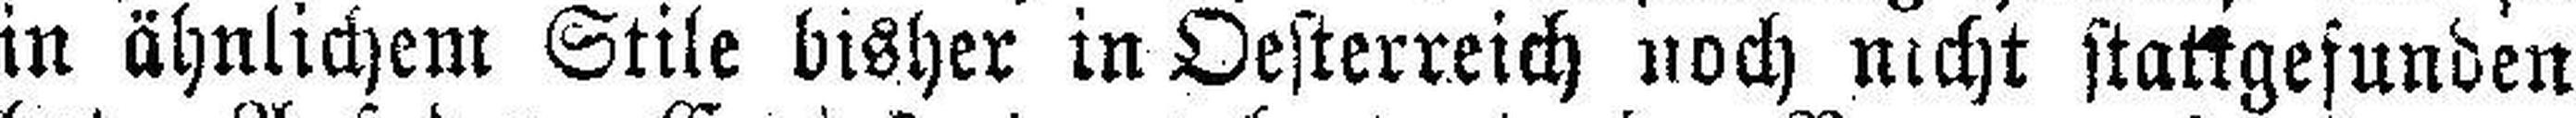
in ähnlichem Stile bisher in Oesterreich noch nicht stattgefunden